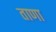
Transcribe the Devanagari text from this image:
ताणा